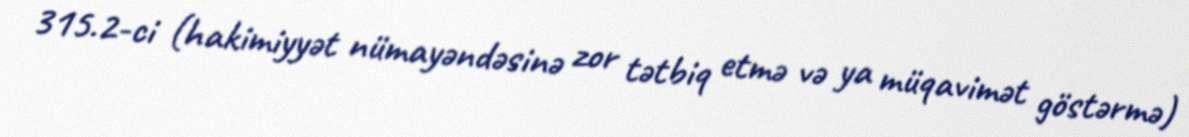
315.2-ci (hakimiyyət nümayəndəsinə zor tətbiq etmə və ya müqavimət göstərmə)